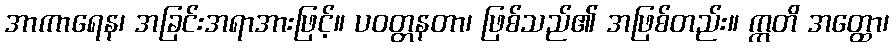
အာကာရေန၊ အခြင်းအရာအားဖြင့်။ ပဝတ္တနတာ၊ ဖြစ်သည်၏ အဖြစ်တည်း။ ဣတိ အတ္ထော၊